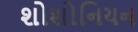
શોશોનિયન